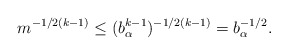
\begin{align*}m^{-1/2(k-1)} \leq (b_\alpha^{k-1})^{-1/2(k-1)} = b_\alpha^{-1/2}.\end{align*}